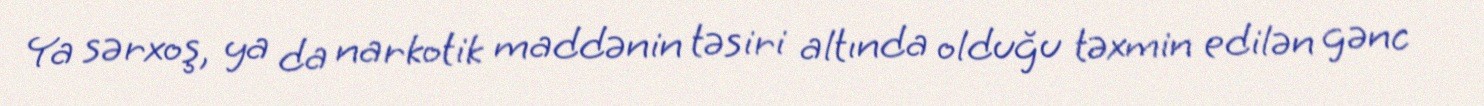
Ya sərxoş, ya da narkotik maddənin təsiri altında olduğu təxmin edilən gənc